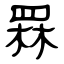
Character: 罧